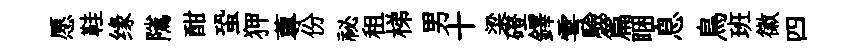
愿鞋缘隲酣蛩狎蓴份祕租梯男十梁磴鐸雩驗篇睏息鳥班徽四